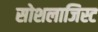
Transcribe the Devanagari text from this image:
सोशलाजिस्ट